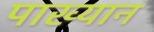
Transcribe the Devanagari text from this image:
पाख्यान